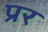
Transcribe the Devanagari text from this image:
प्रर